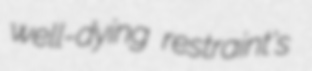
well-dying restraint's